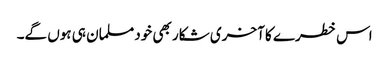
اس خطرے کا آخری شکار بھی خود مسلمان ہی ہوں گے۔